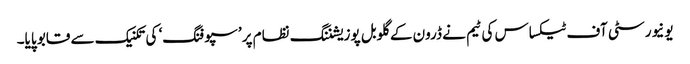
یونیورسٹی آف ٹیکساس کی ٹیم نے ڈرون کے گلوبل پوزیشننگ نظام پر ’سپوفنگ‘ کی تکنیک سے قابو پایا۔